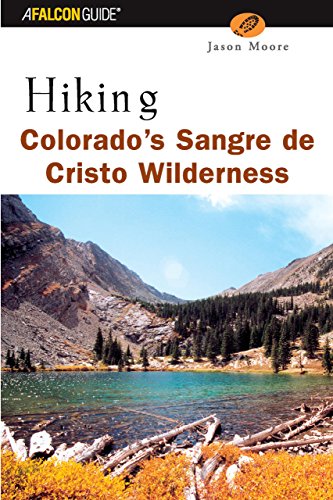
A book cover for Hiking Colorado's Sangre de Cristo Wilderness (Regional Hiking Series); Lyons Press; Travel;